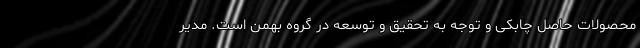
محصولات حاصل چابکی و توجه به تحقیق و توسعه در گروه بهمن است. مدیر